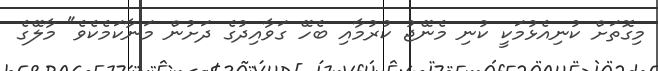
މިގޮތަށް ކުނިއެޅުމަކީ ކުނި މެނޭޖު ކުރުމާއި ބެހޭ ގަވާއިދުގެ ދަށުން މަނާކަމެކެވެ" މާލޭގެ